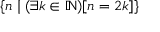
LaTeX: \{ n \mid ( \exists k \in \mathbb { N } ) [ n = 2 k ] \}